Vital statistics of India. Vol. IV, Annual returns from 1871 to 1876. British Army of India, Native Army and jails of Bengal
Year: 1871
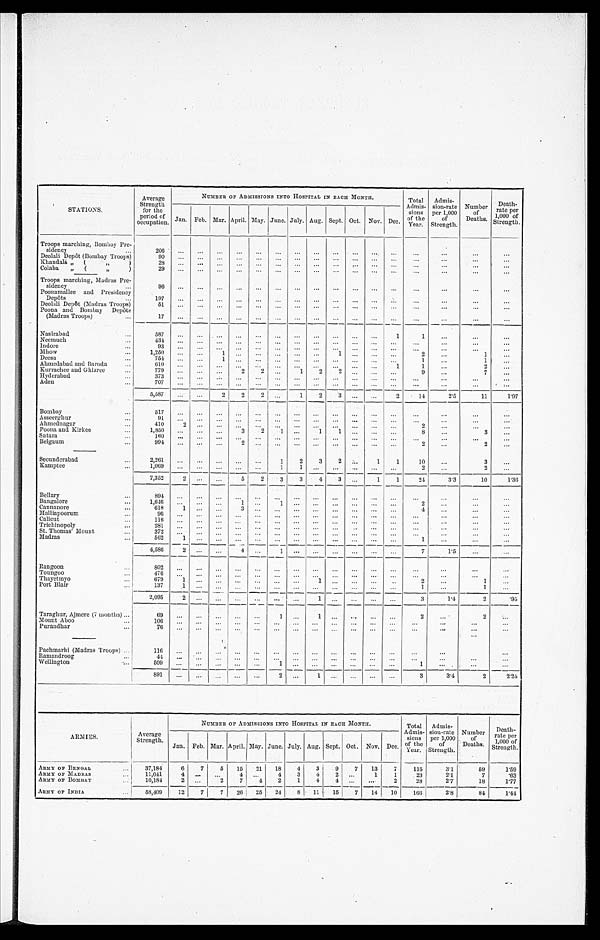
STATIONS.
Average
Strength
for the
period of
occupation.
NUMBER OF ADMISSIONS INTO HOSPITAL IN EACH MONTH.
Total
Admis-
sions
of the
Year.
Admis-
sion-rate
per 1,000
of
Strength.
Number
of
Deaths.
D e a t h -
r a t e p e r
1,000 of
Strength.
Jan. Feb. Mar. April. May. June. July. Aug. Sept. Oct. Nov. Dec.
Troops marching, Bombay Pre-
sidency
206
Deolali Depôt (Bombay Troops)
90
Khandalá „ (
„ )
2 8
Colaba „ (
„
)
29
Troops marching, Madras Pre-
sidency
96
Poonamallee and Presidency
Depôts
197
Deolali Depôt (Madras Troops)
51
Poona and Bombay Depôts
(Madras Troops)
17
Nasirabad
587
1
1
Neemuch
434
Indore
9 3
Mhow
1,250
1
1
2
1
Deesa
754
1
1
1
Ahmedabad and Baroda
610
1
1
2
Kurrachee and Ghizree
779
2
2
1
2
2
9
7
Hyderabad
3 7 3
Aden
707
5,587
2
2
2
1
2
3
2
14
2.5
11
1 . 9 7
Bombay
517
Asseerghur
91
Ahmednagar
410 2
2
Poona and Kirkee
1,850
3
2
1
1
1
8
3
Satara
160
Belgaum
994
2
2
2
Secunderabad
2,261
1
2
3
2
1
1
10
3
Kamptee
1,069
1 1
2
2
7,352 2
5
2
3
3
4 3
1
1
24
3.3
10
1 . 3 6
Bellary
894
Bangalore
1,646
1
1
2
Cannanore
618
1
3
4
Malliapoorum
96
Calicut
116
Trichinopoly
2 8 1
St. Thomas Mount
3 7 2
Madras
562
1
1
4,586 2
4
1
7
1.5
Rangoon
802
Toungoo
476
Thayetmyo
679 1
1
2
1
Port Blair
137 1
1
1
2,095
2
1
3
1.4
2
.95
Taraghur, Ajmere (7 months)
69
1
1
2
2
Mount Aboo
106
Purandhar
76
Pachmarhi (Madras Troops)
116
Ramandroog
44
Wellington
5 0 9
1
1
891
2
1
3
3.4
2
2 . 2 4
ARMIES.
Average
Strength.
NUMBER OF ADMISSIONS INTO HOSPITAL IN EACH MONTH.
Total
Admis-
sions
of the
Year.
Admis-
sion-rate
per 1,000
of
Strength.
Number
of
Deaths.
Death-
rate per
1 , 0 0 0 o f
Strength.
Jan. Feb. Mar. April. May. June. July. Aug. Sept. Oct. Nov. Dec.
ARMY OF BENGAL
37,184
6
7
5 15 21 18 4 3
9 7 13
7
115
3.1
59
1 . 5 9
ARMY OF MADRAS
11,041
4
4
4 3 4 2
1
1
23
2.1
7
.63
ARMY OF BOMBAY
10,184
2
2
7
4 2
1
4 4
2
28
2.7
18
1 . 7 7
ARMY OF INDIA
58,409
12
7
7 26 25 24 8 11 15
7 14 10
166
2.8
84
1 . 4 4